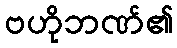
ဗဟိုဘဏ်၏